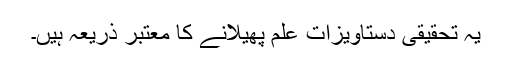
یہ تحقیقی دستاویزات علم پھیلانے کا معتبر ذریعہ ہیں۔